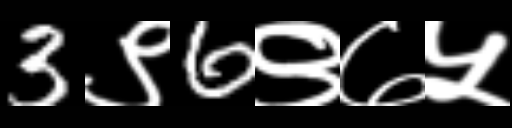
Text: 3९6९७५